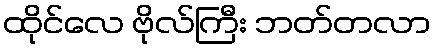
ထိုင်လေ ဗိုလ်ကြီး ဘတ်တလာ